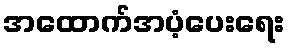
အထောက်အပံ့ပေးရေး